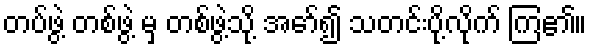
တပ်ဖွဲ့ တစ်ဖွဲ့ မှ တစ်ဖွဲ့သို့ အော်၍ သတင်းပို့လိုက် ကြ၏။